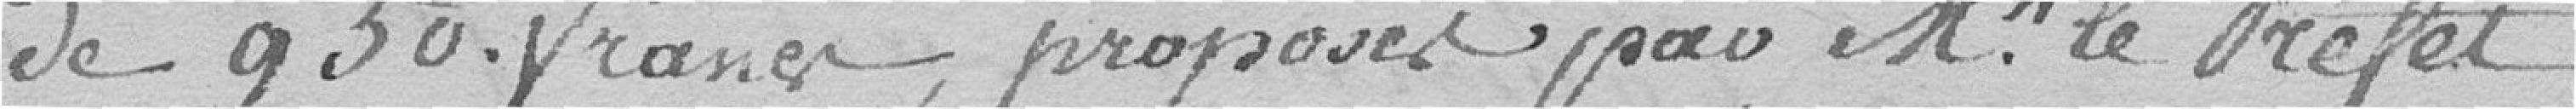
de 950 francs, proposée par Monsieur le Préfet